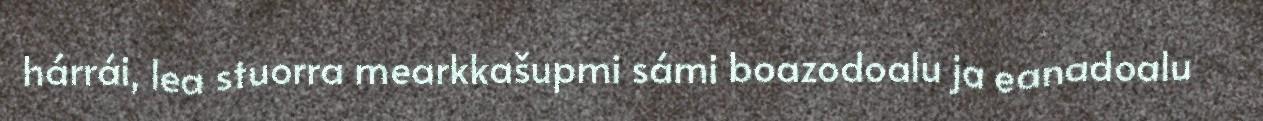
hárrái, lea stuorra mearkkašupmi sámi boazodoalu ja eanadoalu